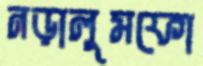
নড়ালুমফো